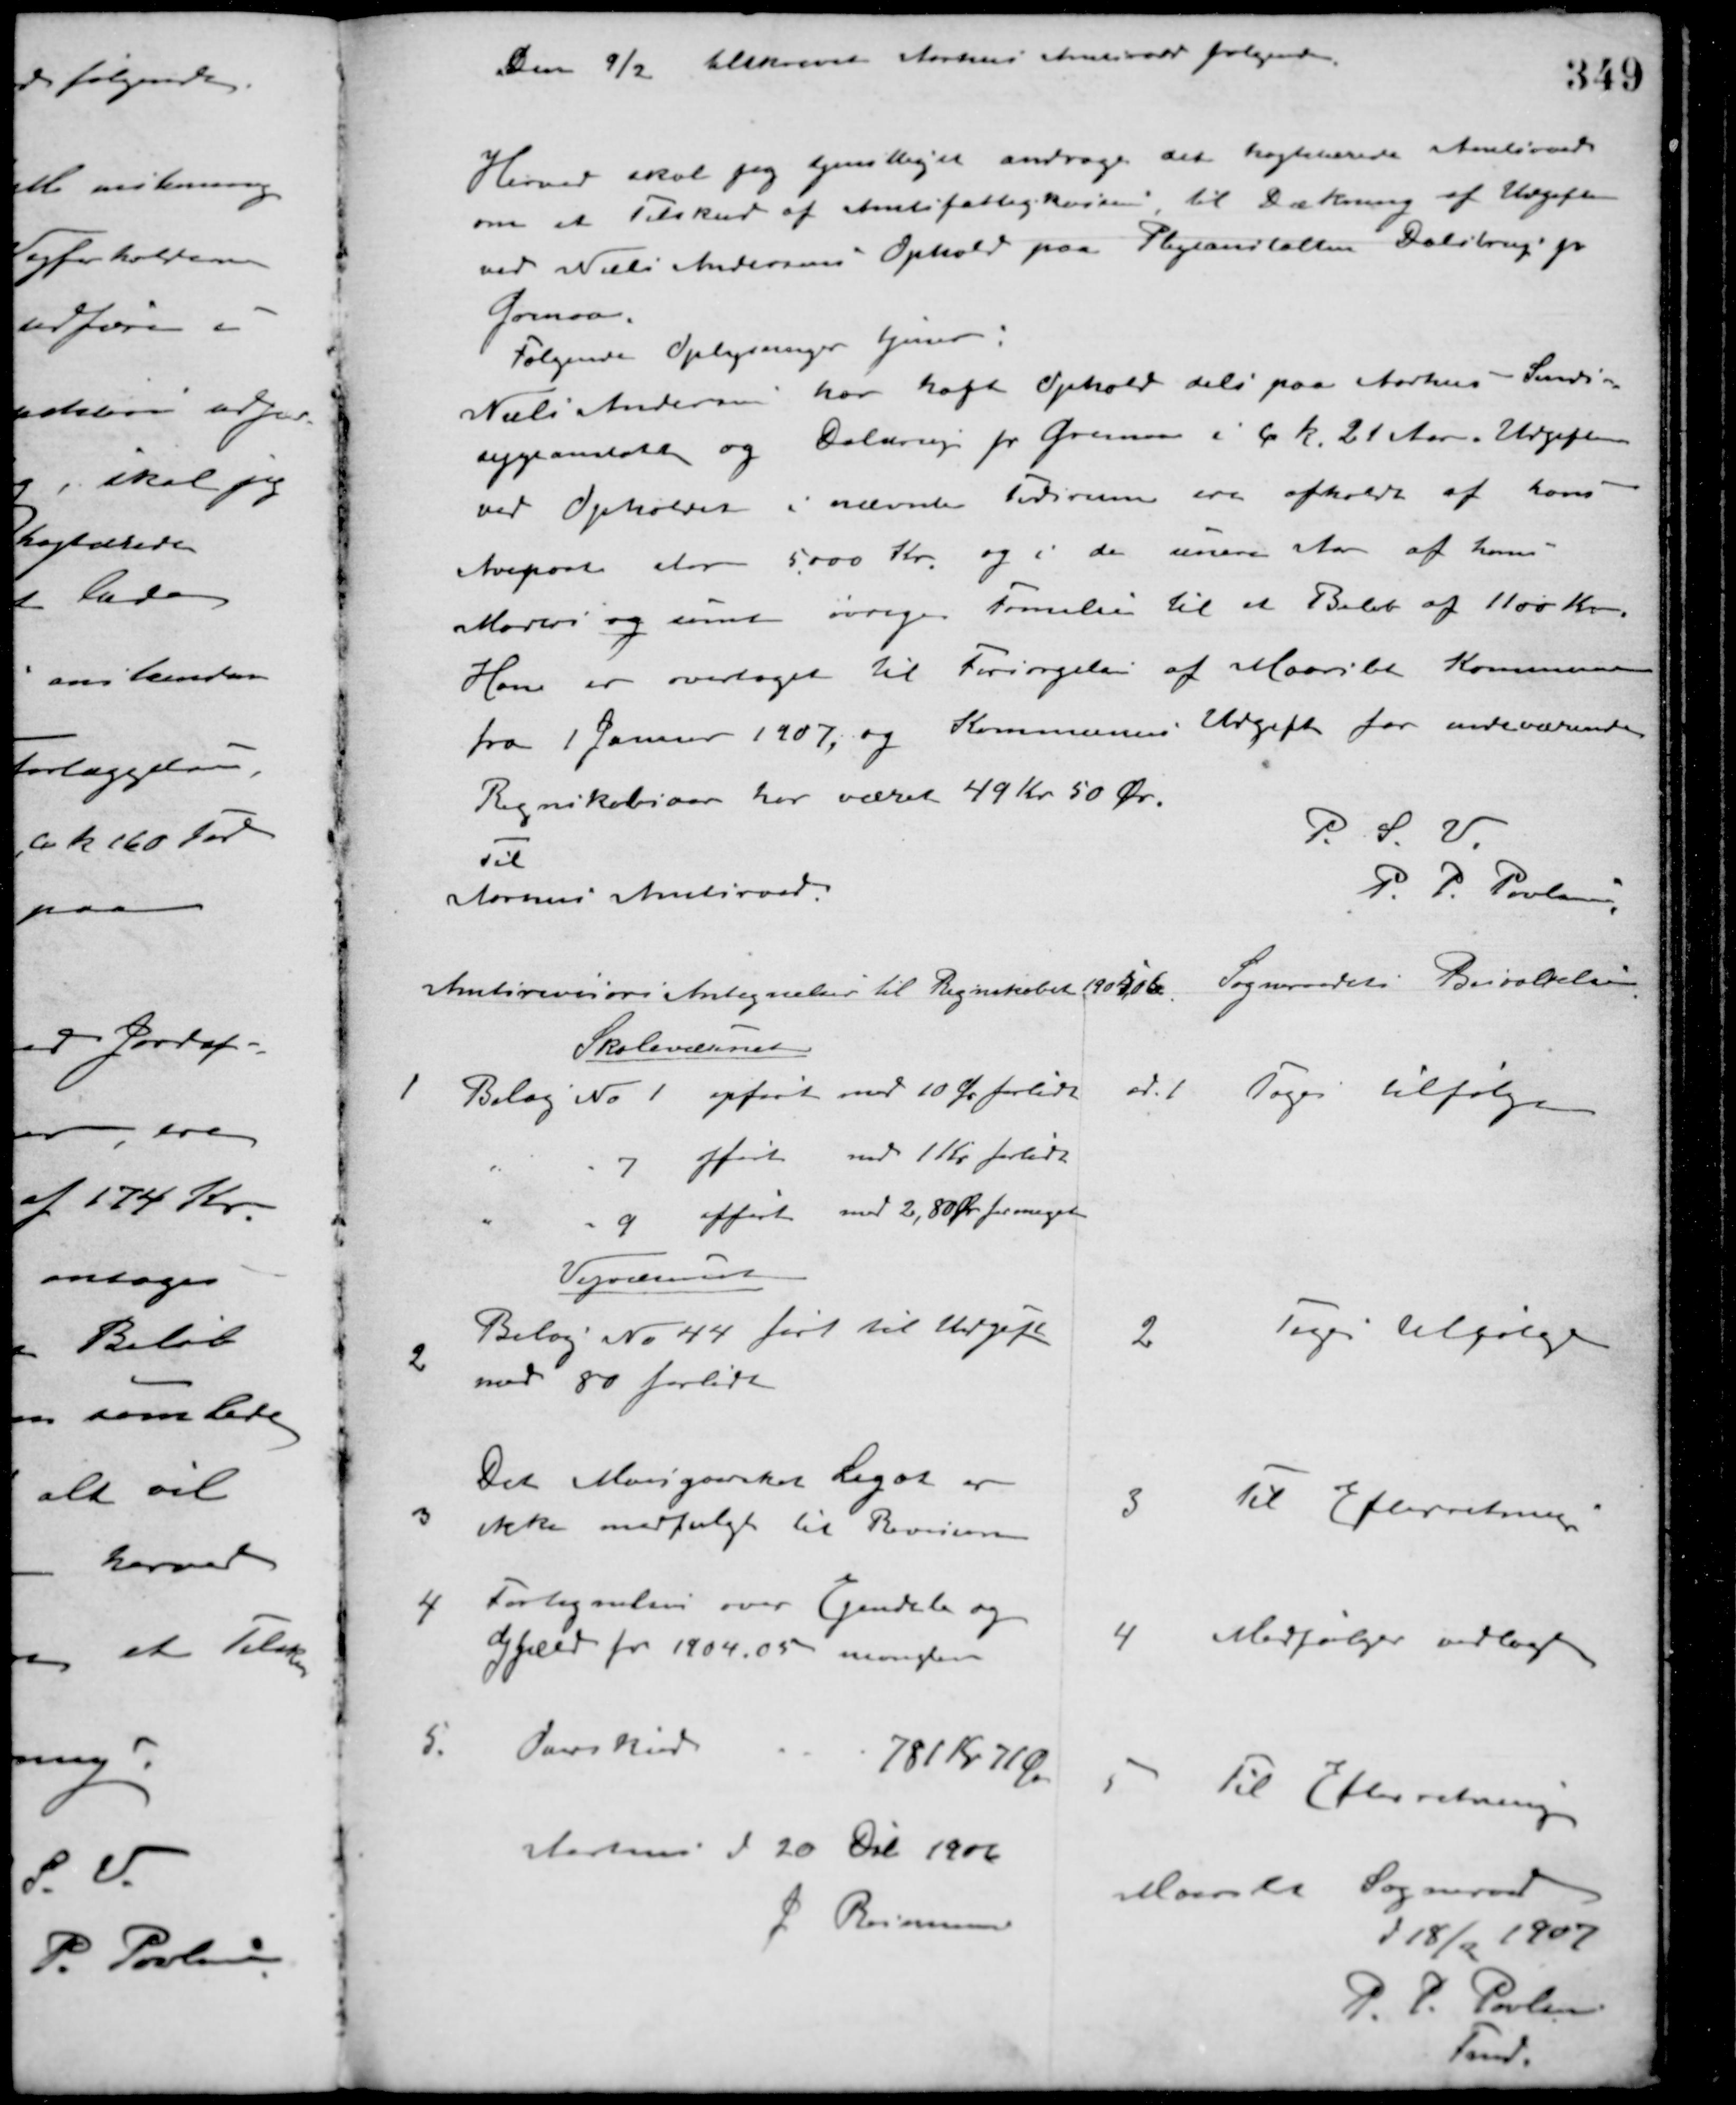
Transskription:
Den 9/2 tilskrevet Aarhus Amtsraad følgende.
Herved skal jeg tjenstligt andrage det højtærede Amtsraad
om et Tilskud af Amtsfattigkassen til Dækning af Udgifter
ved Niels Andersens Ophold paa Plejeanstalten Dalstrup pr.
Grenaa.
Følgende Oplysninger tjener:
Niels Andersen har haft Ophold dels paa Aarhus Sinds-
sygeanstalt og Dalstrup pr. Grenaa i ca. k. 21 Aar. Udgiften
ved Opholdet i nævnte Tidsrum ere afholdt af hans
Arvepost stor 5000 Kr. og i de senere Aar af hans
Moders og samt øvrige Familie til et Beløb af 1100 Kr.
Han er overtaget til Forsørgelse af Maarslet Kommune
fra 1 Januar 1907, og Kommunens Udgift for indeværende
Regnskabsaar har været 49 Kr. 50 Øre.
P. S. V.
P. P. Poulsen
Til
Aarhus Amtsraad
Amtsrevisors Antegnelser til Regnskabet 1905/06.
Sogneraadets Besvarelse
Skolevæsenet
1 Bilag No 1 opført med 10 Øre for lidt
" " 7 opført med 1 Kr. for lidt
" " 9 opført med 2, 80 Øre for meget
ad 1 Toges til følge
Vejvæsenet
2
Bilag No 44 ført til Udgift
med 80 for lidt
2 Toges til følge
3
Det Moesgaardske Legat er
ikke medfulgt til Revisoren
3 Til Efterretning
4 Fortegnelsen over Ejendele og
dypeler for 1904.05 mangler
4 Medfølger vedlagt
5. Overskud
781 Kr. 71 Øre
5 Til Efterretning
Aarhus d. 20 Dcb 1906
L. Rasmussen
Maarslet Sogneraad
d 18/2 1907
P. P. Poulsen
Fmd.